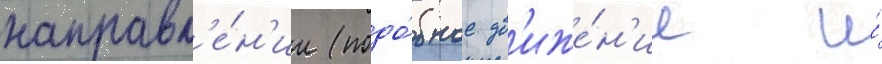
направл'е́н'ии (подо́бное дв'иже́н'ие и́